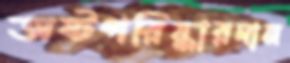
অষ্টপরিষ্কারদান